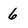
Character: 6